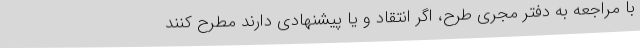
با مراجعه به دفتر مجری طرح، اگر انتقاد و یا پیشنهادی دارند مطرح کنند